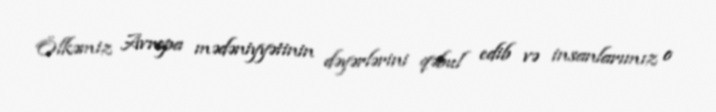
Ölkəmiz Avropa mədəniyyətinin dəyərlərini qəbul edib və insanlarımız o